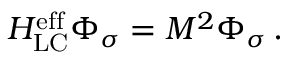
H _ { \mathrm { L C } } ^ { \mathrm { e f f } } \Phi _ { \sigma } = M ^ { 2 } \Phi _ { \sigma } \, .